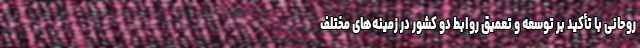
روحانی با تأکید بر توسعه و تعمیق روابط دو کشور در زمینه‌های مختلف